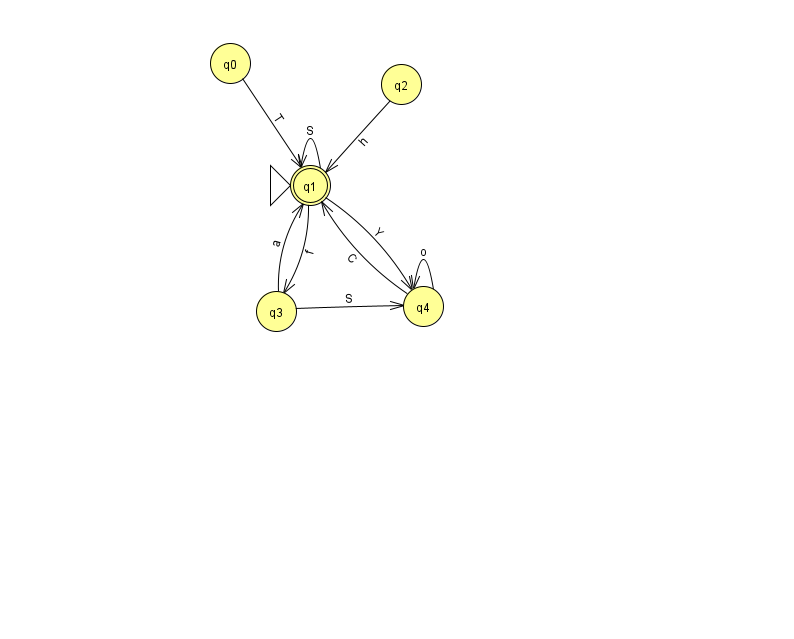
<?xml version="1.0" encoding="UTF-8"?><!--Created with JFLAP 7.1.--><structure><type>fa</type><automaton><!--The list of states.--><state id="0" name="q0"><x>230.0</x><y>50.0</y></state><state id="1" name="q1"><x>310.0</x><y>172.0</y><initial/><final/></state><state id="2" name="q2"><x>401.0</x><y>71.0</y></state><state id="3" name="q3"><x>276.0</x><y>298.0</y></state><state id="4" name="q4"><x>423.0</x><y>293.0</y></state><!--The list of transitions.--><transition><from>1</from><to>3</to><read>f</read></transition><transition><from>1</from><to>1</to><read>S</read></transition><transition><from>3</from><to>1</to><read>a</read></transition><transition><from>1</from><to>4</to><read>Y</read></transition><transition><from>3</from><to>4</to><read>S</read></transition><transition><from>0</from><to>1</to><read>T</read></transition><transition><from>4</from><to>1</to><read>C</read></transition><transition><from>2</from><to>1</to><read>h</read></transition><transition><from>4</from><to>4</to><read>o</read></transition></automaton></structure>